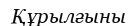
Құрылғыны